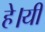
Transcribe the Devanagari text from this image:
हे।यी